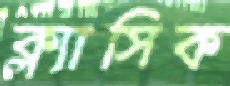
ক্ল্যাসিক